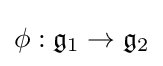
\phi :{\mathfrak {g}}_{1}\to {\mathfrak {g}}_{2}